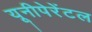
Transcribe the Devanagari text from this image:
यूनीपेरेंटल